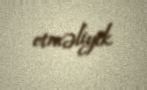
etməliyik.